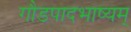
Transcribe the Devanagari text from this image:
गौडपादभाष्‍यम्